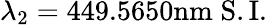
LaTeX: \lambda_{2}=449.5650\mathrm{nm}\; \mathrm{S.I.}